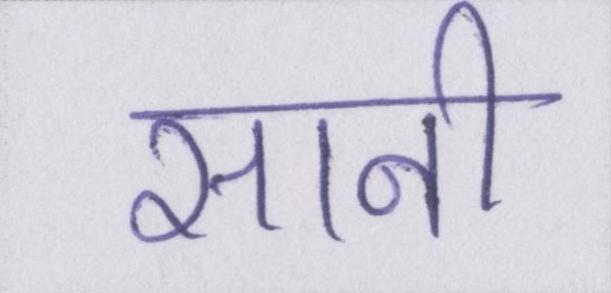
सानी